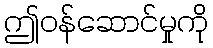
ဤဝန်ဆောင်မှုကို